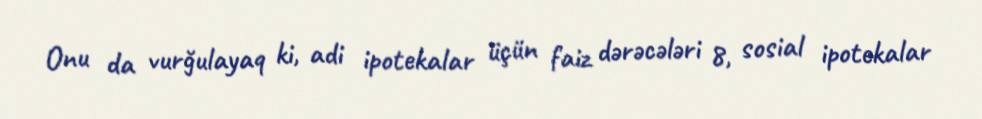
Onu da vurğulayaq ki, adi ipotekalar üçün faiz dərəcələri 8, sosial ipotekalar